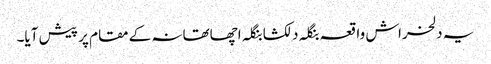
یہ دلخراش واقعہ بنگلہ دلکشا بنگلہ اچھاتھانہ کے مقام پر پیش آیا۔